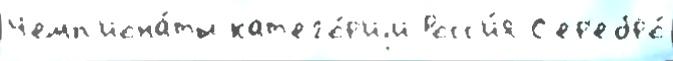
Чемп'иона́ты кат'его́р'иjи Росс'и́я С'ер'ебро́